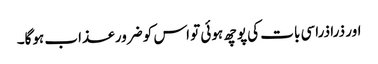
اور ذرا ذراسی بات کی پوچھ ہوئی تو اس کو ضرور عذاب ہوگا۔